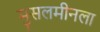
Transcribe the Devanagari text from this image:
मुसलमीनला